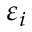
\varepsilon _ { i }